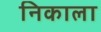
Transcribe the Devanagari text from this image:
निकाला